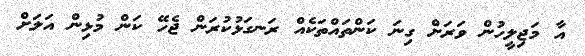
އާ މަޖިލީހުން ވަރަށް ގިނަ ކަންތައްތަކެއް ރަނގަޅުކުރަން ޖެހޭ ކަން މުޅިން އަލަށް